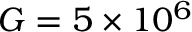
G = 5 \times 1 0 ^ { 6 }